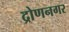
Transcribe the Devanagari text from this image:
द्रोणनगर